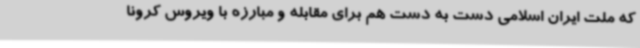
که ملت ایران اسلامی دست به دست هم برای مقابله و مبارزه با ویروس کرونا